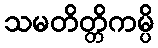
သမတိတ္တိကမ္ပိ